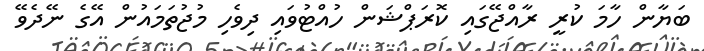
ބަޔާން ހާމަ ކުރީ ރާއްޖޭގައި ކޮރަޕްޝަން ހުއްޓުވައި ދިވެހި މުޖުތަމައުން އޭގެ ނޭދެވޭ